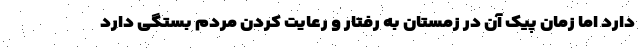
دارد اما زمان پیک آن در زمستان به رفتار و رعایت کردن مردم بستگی دارد